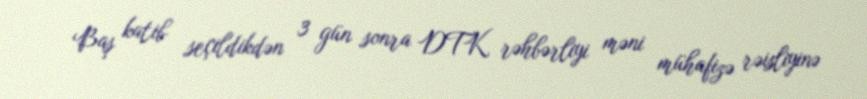
Baş katib seçildikdən 3 gün sonra DTK rəhbərliyi məni mühafizə rəisliyinə